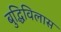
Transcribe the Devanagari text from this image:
बुद्धिविलास